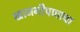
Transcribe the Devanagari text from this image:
खाजगीपणाचा